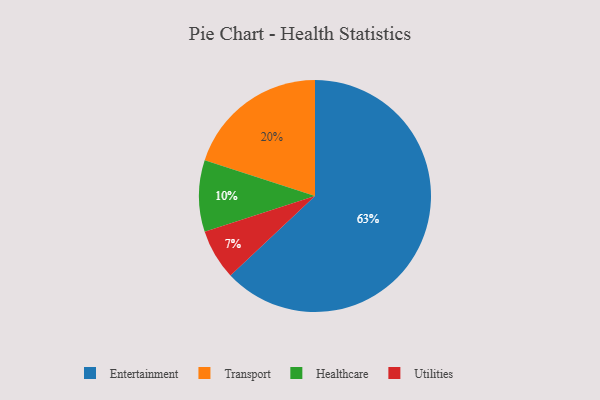
{"axis": {"x": "Category", "y": "Percentage"}, "legend": ["Entertainment", "Healthcare", "Transport", "Utilities"], "data": [{"x": "Healthcare", "y": 10, "type": "Healthcare"}, {"x": "Entertainment", "y": 63, "type": "Entertainment"}, {"x": "Transport", "y": 20, "type": "Transport"}, {"x": "Utilities", "y": 7, "type": "Utilities"}]}